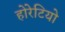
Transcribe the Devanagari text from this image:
होरेटियो